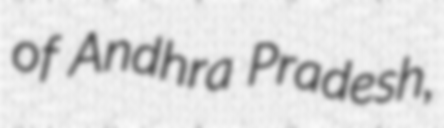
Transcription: of Andhra Pradesh,